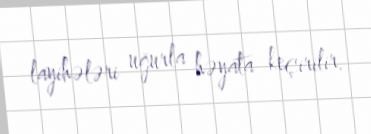
layihələri uğurla həyata keçirilir.